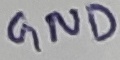
Text: GND